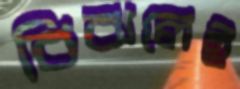
বিঝলেই